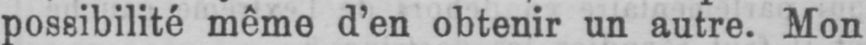
possibilité même d’en obtenir un autre. Mon